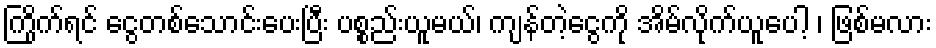
ကြိုက်ရင် ငွေတစ်သောင်းပေးပြီး ပစ္စည်းယူမယ်၊ ကျန်တဲ့ငွေကို အိမ်လိုက်ယူပေါ့ ၊ ဖြစ်မလား